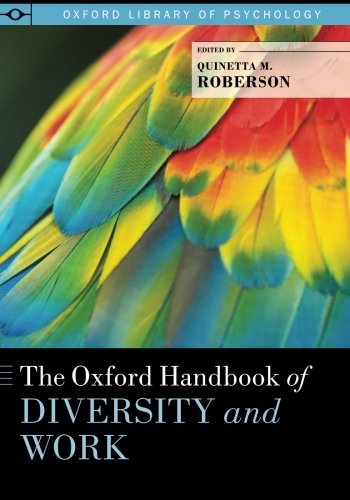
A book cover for The Oxford Handbook of Diversity and Work (Oxford Library of Psychology); Medical Books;